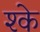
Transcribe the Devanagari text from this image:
श्के